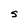
Character: S